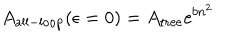
A _ { \mathrm { a l l - l o o p } } ( \epsilon = 0 ) = A _ { \mathrm { t r e e } } \mathrm { e } ^ { b n ^ { 2 } }